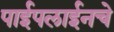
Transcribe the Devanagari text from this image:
पाईपलाईनचे